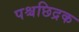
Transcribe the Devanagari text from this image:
पश्चछिद्रक